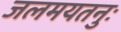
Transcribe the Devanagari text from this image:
जलमयतनुः